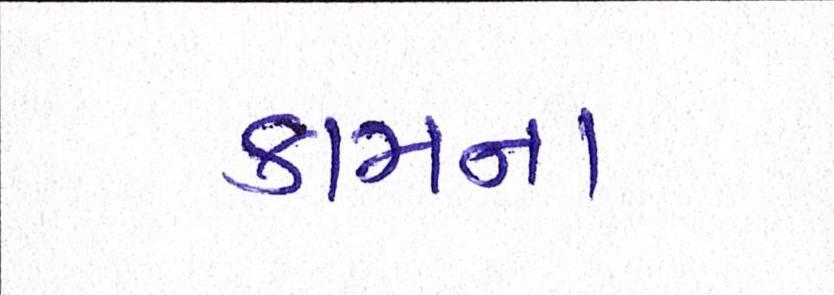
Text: કામના